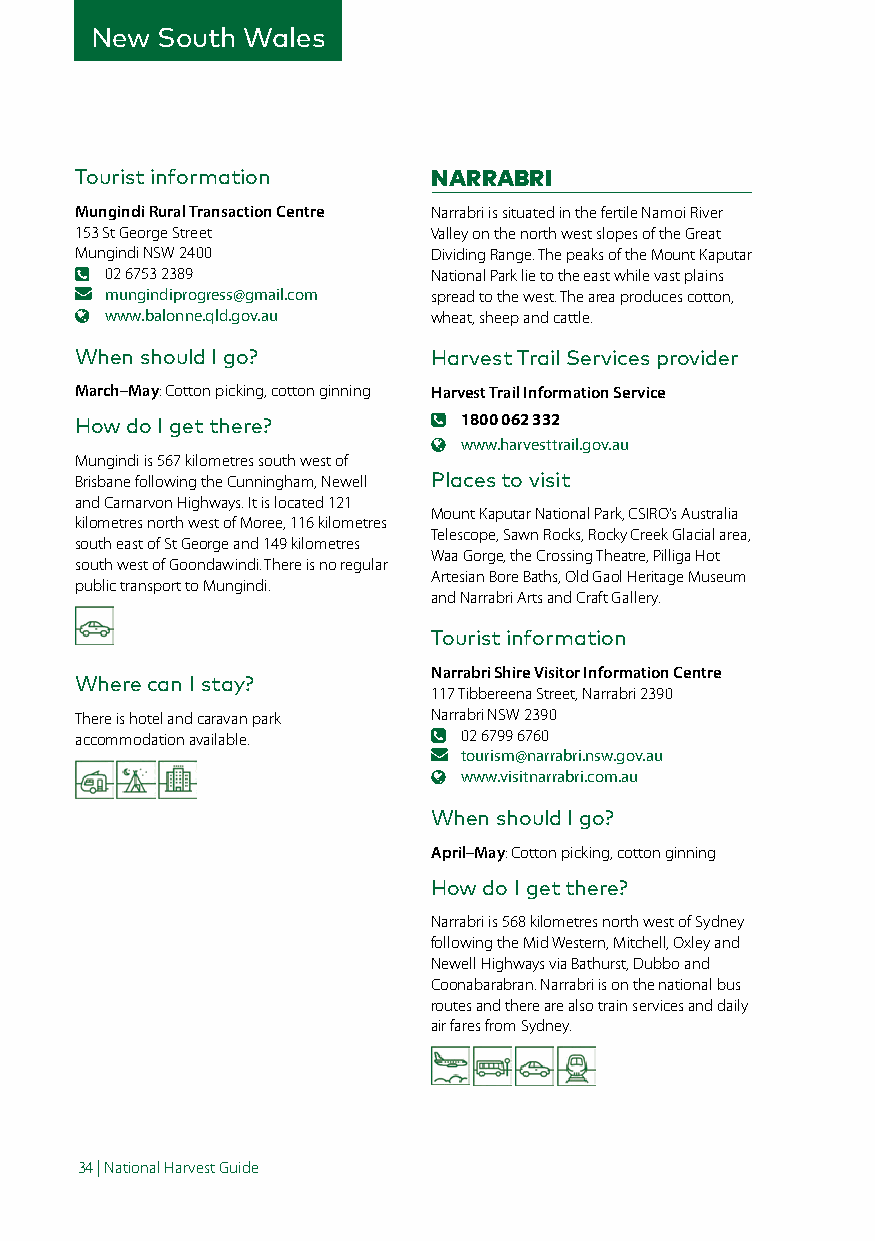
New South Wales
 Tourist information     NARRABRI
 Mungindi Rural Transaction Centre Narrabri is situated in the fertile Namoi River
 153 St George Street    Valley on the north west slopes of the Great
 Mungindi NSW 2400       Dividing Range. The peaks of the Mount Kaputar
 02 6753 2389          National Park lie to the east while vast plains
 mungindiprogress@gmail.com spread to the west. The area produces cotton,
 www.balonne.qld.gov.au wheat, sheep and cattle.
 When should I go?       Harvest Trail Services provider
 March–May: Cotton picking, cotton ginning Harvest Trail Information Service
 How do I get there?      1800 062 332
 www.harvesttrail.gov.au
 Mungindi is 567 kilometres south west of
 Brisbane following the Cunningham, Newell Places to visit
 and Carnarvon Highways. It is located 121
 Mount Kaputar National Park, CSIRO’s Australia
 kilometres north west of Moree, 116 kilometres
 Telescope, Sawn Rocks, Rocky Creek Glacial area,
 south east of St George and 149 kilometres
 Waa Gorge, the Crossing Theatre, Pilliga Hot
 south west of Goondawindi. There is no regular
 Artesian Bore Baths, Old Gaol Heritage Museum
 public transport to Mungindi.
 and Narrabri Arts and Craft Gallery.
 Tourist information
 Narrabri Shire Visitor Information Centre
 Where can I stay?
 117 Tibbereena Street, Narrabri 2390
 There is hotel and caravan park Narrabri NSW 2390
 accommodation available. 02 6799 6760
 tourism@narrabri.nsw.gov.au
 www.visitnarrabri.com.au
 When should I go?
 April–May: Cotton picking, cotton ginning
 How do I get there?
 Narrabri is 568 kilometres north west of Sydney
 following the Mid Western, Mitchell, Oxley and
 Newell Highways via Bathurst, Dubbo and
 Coonabarabran. Narrabri is on the national bus
 routes and there are also train services and daily
 air fares from Sydney.
 34 | National Harvest Guide